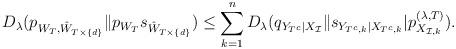
LaTeX: \begin{align*} D_\lambda(p_{W_{T}, \hat W_{T\times \{d\}}}\|p_{W_{T}}s_{\hat W_{T\times \{d\}}}) \le \sum_{k=1}^n D_\lambda( q_{Y_{T^c}|X_{\mathcal{I}}}\|s_{Y_{T^c,k}|X_{T^c,k}}|p_{X_{\mathcal{I},k}}^{(\lambda, T)}). \end{align*}